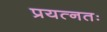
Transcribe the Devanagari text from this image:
प्रयत्नतः